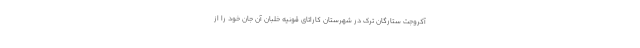
آکروجت ستارگان ترک در شهرستان کاراتای قونیه خلبان آن جان خود را از